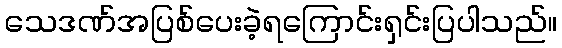
သေဒဏ်အပြစ်ပေးခဲ့ရကြောင်းရှင်းပြပါသည်။